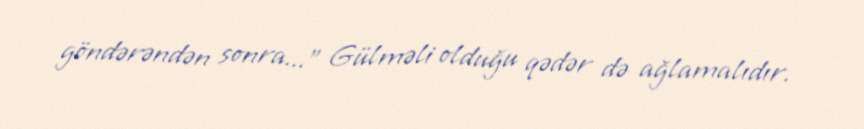
göndərəndən sonra...” Gülməli olduğu qədər də ağlamalıdır.